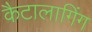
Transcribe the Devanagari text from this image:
कैटालागिंग